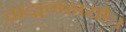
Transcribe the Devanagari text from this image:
वाङ्मनसयोः।